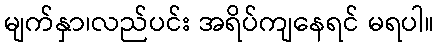
မျက်နှာ၊လည်ပင်း အရိပ်ကျနေရင် မရပါ။